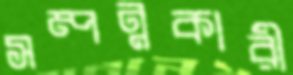
সম্পন্নকারী